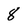
Character: 8